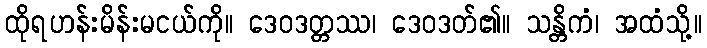
ထိုရဟန်းမိန်းမငယ်ကို။ ဒေဝဒတ္တဿ၊ ဒေဝဒတ်၏။ သန္တိကံ၊ အထံသို့။